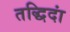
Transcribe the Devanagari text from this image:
तद्धिदां